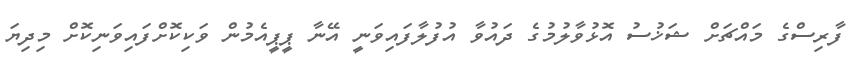
ފާރިސްގެ މައްޗަށް ޝަޚުސު އޮޅުވާލުމުގެ ދައުވާ އުފުލާފައިވަނީ އޭނާ ޕީޕީއެމުން ވަކިކޮށްފައިވަނިކޮށް މިދިޔަ